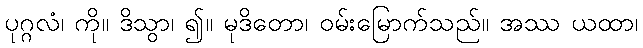
ပုဂ္ဂလံ၊ ကို။ ဒိသွာ၊ ၍။ မုဒိတော၊ ဝမ်းမြောက်သည်။ အဿ ယထာ၊